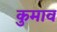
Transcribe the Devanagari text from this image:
कुमाव